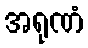
အရုဏံ